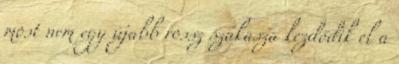
most nem egy újabb rossz szakasza kezdődik el a